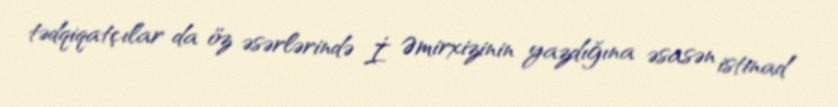
tədqiqatçılar da öz əsərlərində İ. Əmirxizinin yazdığına əsasən istinad